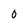
Character: 0